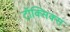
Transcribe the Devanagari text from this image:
टॉक्सिक्स